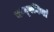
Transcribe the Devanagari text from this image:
कम्‍पनियां